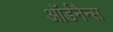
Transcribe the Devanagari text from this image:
ऑर्डनैन्स